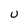
Character: U